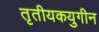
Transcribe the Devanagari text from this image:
तृतीयकयुगीन